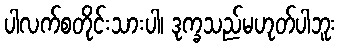
ပါလက်စတိုင်းသားပါ၊ ဒုက္ခသည်မဟုတ်ပါဘူး